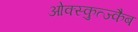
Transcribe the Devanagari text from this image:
ओक्स्कुत्ज्कैब